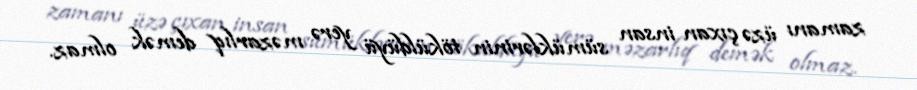
zamanı üzə çıxan insan sümüklərinin töküldüyü yerə məzarlıq demək olmaz.